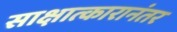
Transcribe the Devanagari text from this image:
साक्षात्कारानंतर